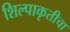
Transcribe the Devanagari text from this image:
शिल्पाकृतीचा